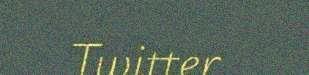
Twitter